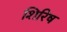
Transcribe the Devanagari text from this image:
शिरिष